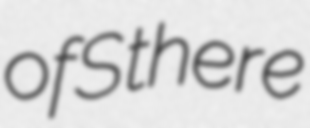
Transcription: of S there